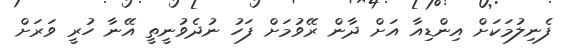
ފެނިލުމަކަށް އިންޑިއާ އަށް ދާން ރޭވުމަށް ފަހު ނުދެވުނީތީ އޭނާ ހުރީ ވަރަށް